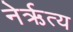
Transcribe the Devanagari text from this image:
नेर्ऋत्य